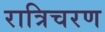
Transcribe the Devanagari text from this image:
रात्रिचरण